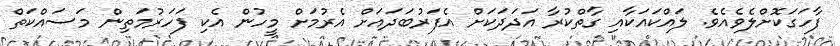
ފާހަގަކޮށްލެވެއެވެ. ލައްކައަކާއި ގާތްކުރާ އަދަދަކަށް އެފަރުބަދައަށް އެރުމަށް މީހުން އެކި ފަހަރުމަތިން މަސައްކަތް